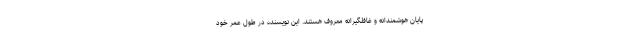
پایان هوشمندانه و غافلگیرانه معروف هستند. این نویسنده در طول عمر خود